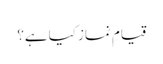
قیامِ نماز کیا ہے؟